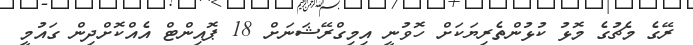
ރޭގެ މެޗުގެ މޮޅު ކުޅުންތެރިޔަކަށް ހޮވުނީ އިމިގްރޭޝަނަށް 18 ޕޮއިންޓް އެއްކޮށްދިން ގައުމީ